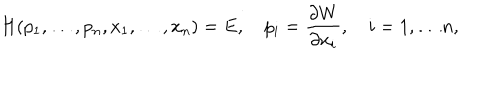
LaTeX: H ( p _ { 1 } , \ldots , p _ { n } , x _ { 1 } , \ldots , x _ { n } ) = E , \quad p _ { i } = { \frac { \partial W } { \partial x _ { i } } } , \quad i = 1 , \ldots n ,